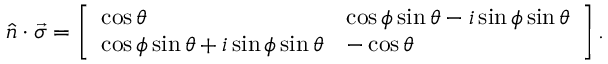
\hat { n } \cdot \vec { \sigma } = \left[ \begin{array} { l l } { \cos \theta } & { \cos \phi \sin \theta - i \sin \phi \sin \theta } \\ { \cos \phi \sin \theta + i \sin \phi \sin \theta } & { - \cos \theta } \end{array} \right] .